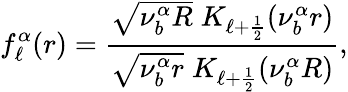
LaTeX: f_{\ell}^{\alpha}(r)=\frac{\sqrt{\nu_{b}^{\alpha}R}\; K_{\ell+\frac{1}{2}}(\nu_{b}^{\alpha}r)}{\sqrt{\nu_{b}^{\alpha}r}\; K_{\ell+\frac{1}{2}}(\nu_{b}^{\alpha}R)},